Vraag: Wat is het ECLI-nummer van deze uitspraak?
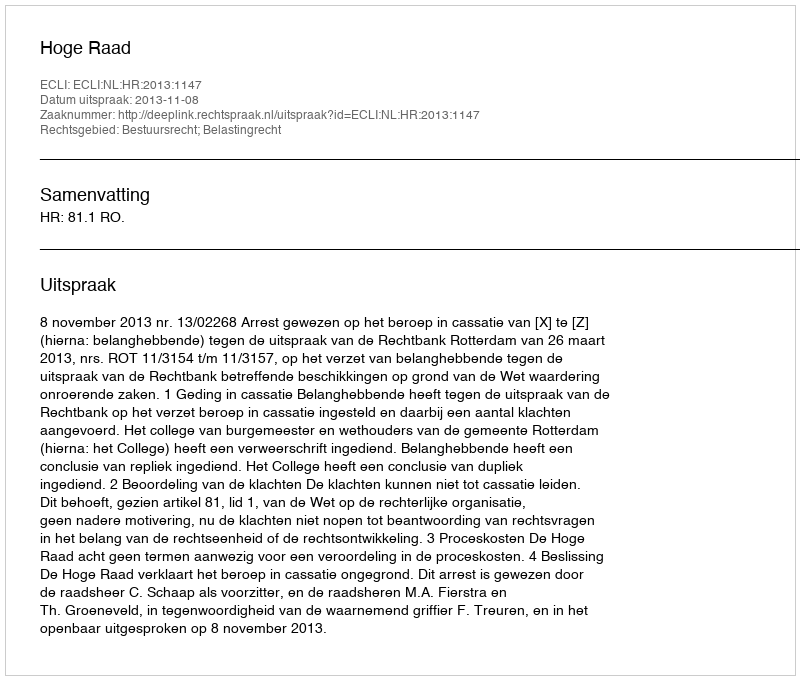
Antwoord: ECLI:NL:HR:2013:1147